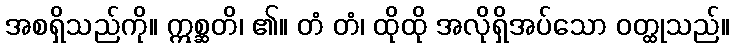
အစရှိသည်ကို။ ဣစ္ဆတိ၊ ၏။ တံ တံ၊ ထိုထို အလိုရှိအပ်သော ဝတ္ထုသည်။